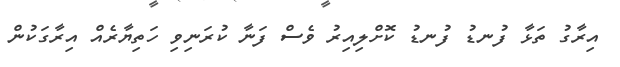
އިރާގު ތަޅާ ފުނޑު ފުނޑު ކޮށްލިއިރު ވެސް ފަނާ ކުރަނިވި ހަތިޔާރެއް އިރާގަކުން